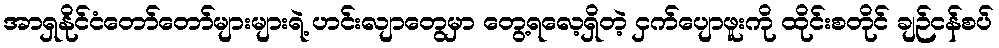
အာရှနိုင်ငံတော်တော်များများရဲ့ ဟင်းလျာတွေမှာ တွေ့ရလေ့ရှိတဲ့ ငှက်ပျောဖူးကို ထိုင်းစတိုင် ချဉ်ငန်စပ်